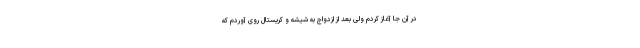
در آن جا آغاز کردم ولی بعد از ازدواج به شیشه و کریستال روی آوردم که